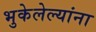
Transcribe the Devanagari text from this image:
भुकेलेल्यांना